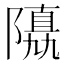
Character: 𨼡